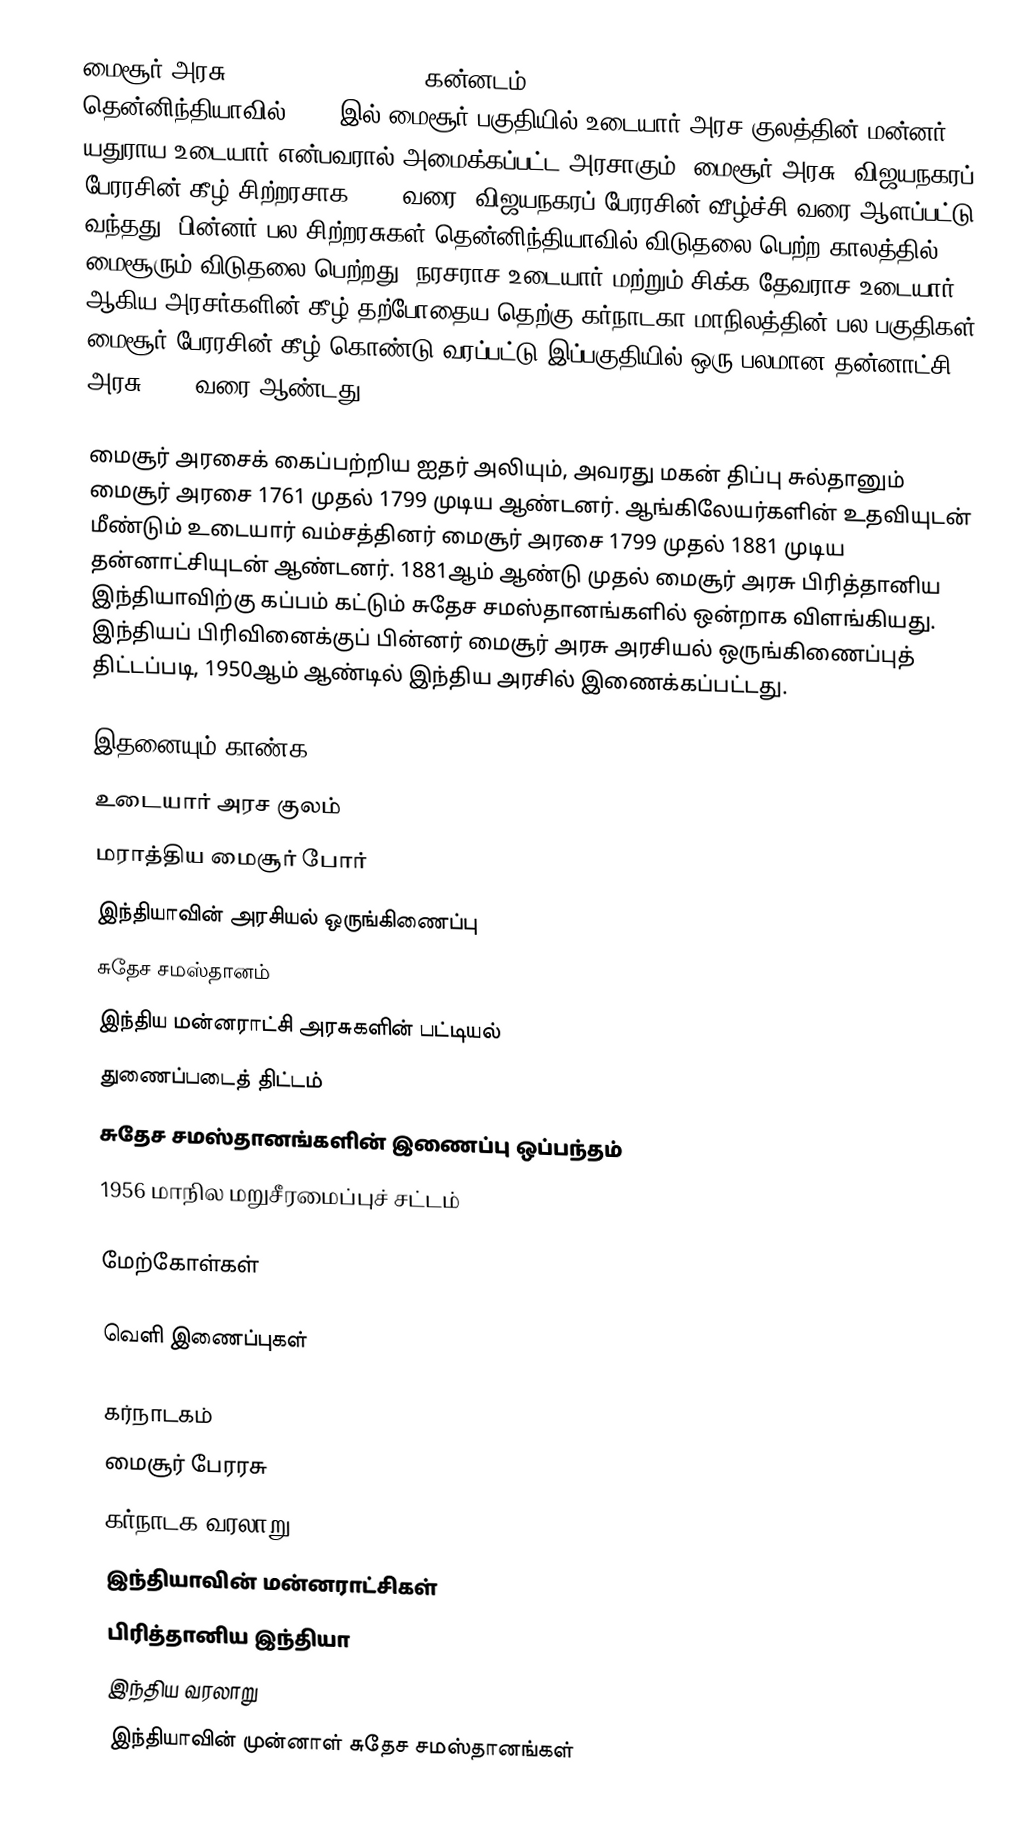
மைசூர் அரசு (Kingdom of Mysore), கன்னடம்: ಮೈಸೂರು ಸಾಮ್ರಾಜ್ಯ ) (1399–1947) தென்னிந்தியாவில் 1399 இல் மைசூர் பகுதியில் உடையார் அரச குலத்தின் மன்னர் யதுராய உடையார் என்பவரால் அமைக்கப்பட்ட  அரசாகும். மைசூர் அரசு, விஜயநகரப் பேரரசின் கீழ் சிற்றரசாக 1565 வரை, விஜயநகரப் பேரரசின் வீழ்ச்சி வரை ஆளப்பட்டு வந்தது. பின்னர் பல சிற்றரசுகள் தென்னிந்தியாவில் விடுதலை பெற்ற காலத்தில் மைசூரும் விடுதலை பெற்றது. நரசராச உடையார் மற்றும் சிக்க தேவராச உடையார் ஆகிய அரசர்களின் கீழ் தற்போதைய தெற்கு கர்நாடகா மாநிலத்தின் பல பகுதிகள் மைசூர் பேரரசின் கீழ் கொண்டு வரப்பட்டு இப்பகுதியில் ஒரு பலமான தன்னாட்சி அரசு 1761 வரை ஆண்டது.

மைசூர் அரசைக் கைப்பற்றிய ஐதர் அலியும், அவரது மகன் திப்பு சுல்தானும் மைசூர் அரசை 1761 முதல் 1799 முடிய ஆண்டனர். ஆங்கிலேயர்களின் உதவியுடன் மீண்டும் உடையார் வம்சத்தினர் மைசூர் அரசை 1799 முதல் 1881 முடிய தன்னாட்சியுடன் ஆண்டனர். 1881ஆம் ஆண்டு முதல் மைசூர் அரசு பிரித்தானிய இந்தியாவிற்கு கப்பம் கட்டும்  சுதேச சமஸ்தானங்களில் ஒன்றாக விளங்கியது. இந்தியப் பிரிவினைக்குப் பின்னர் மைசூர் அரசு அரசியல் ஒருங்கிணைப்புத் திட்டப்படி, 1950ஆம் ஆண்டில் இந்திய அரசில் இணைக்கப்பட்டது.

இதனையும் காண்க
 உடையார் அரச குலம்
 மராத்திய மைசூர் போர்
 இந்தியாவின் அரசியல் ஒருங்கிணைப்பு
 சுதேச சமஸ்தானம்
 இந்திய மன்னராட்சி அரசுகளின் பட்டியல்
 துணைப்படைத் திட்டம்
 சுதேச சமஸ்தானங்களின் இணைப்பு ஒப்பந்தம்
 1956 மாநில மறுசீரமைப்புச் சட்டம்

மேற்கோள்கள்

வெளி இணைப்புகள்

கர்நாடகம்
மைசூர் பேரரசு
கர்நாடக வரலாறு
இந்தியாவின் மன்னராட்சிகள்
பிரித்தானிய இந்தியா
இந்திய வரலாறு
இந்தியாவின் முன்னாள் சுதேச சமஸ்தானங்கள்